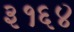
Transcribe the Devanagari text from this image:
३१६४